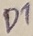
Text: D1